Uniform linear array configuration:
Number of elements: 24
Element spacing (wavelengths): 1
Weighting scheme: hann
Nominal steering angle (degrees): -15
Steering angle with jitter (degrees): -13.255
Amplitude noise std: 0.05
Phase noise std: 0.05

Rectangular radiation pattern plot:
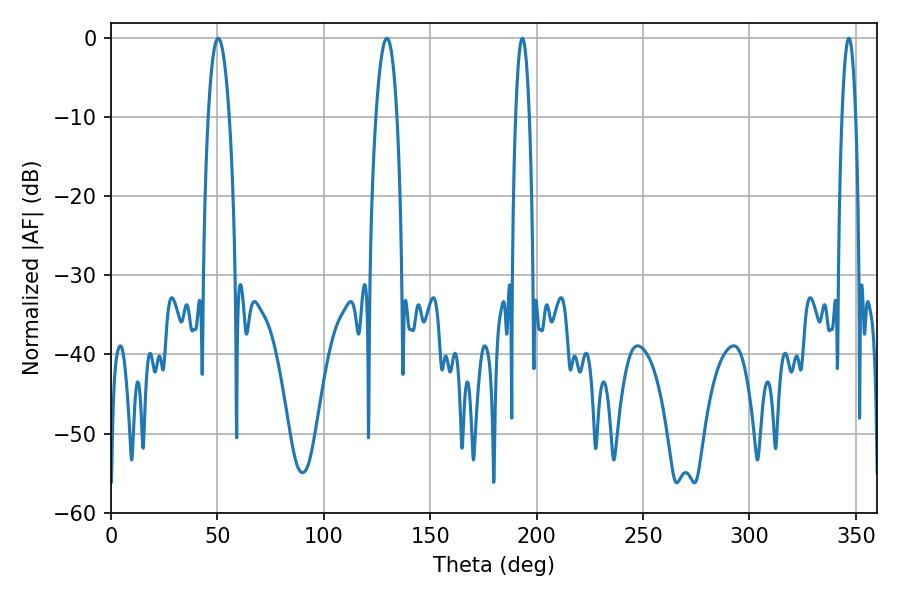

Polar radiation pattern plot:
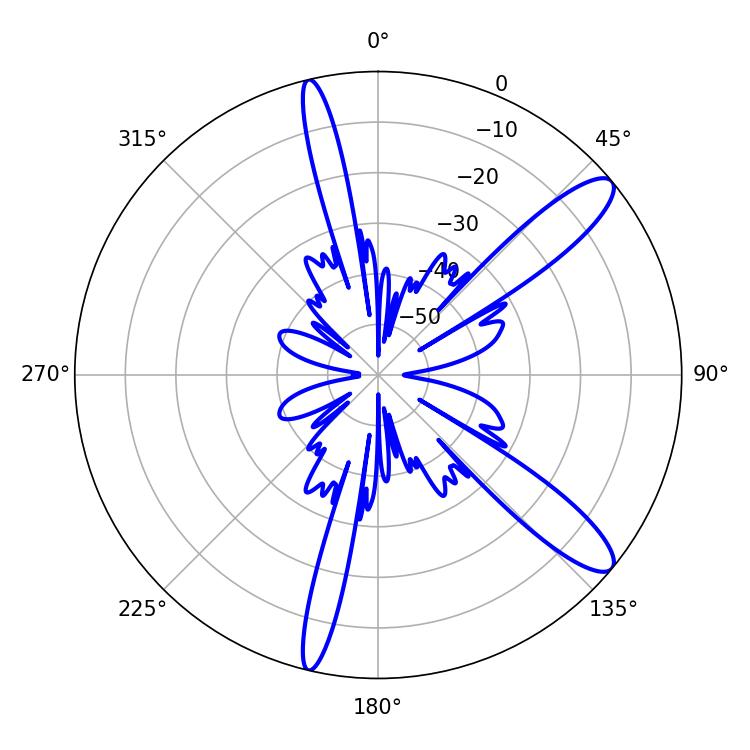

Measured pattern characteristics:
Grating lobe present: TRUE
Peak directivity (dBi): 11.934
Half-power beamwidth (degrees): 5.4
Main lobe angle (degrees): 50.4